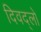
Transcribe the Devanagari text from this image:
दिवद्लो